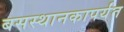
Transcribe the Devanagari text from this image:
बसस्थानकापर्यंत